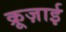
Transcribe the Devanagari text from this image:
क्रूज़ाई